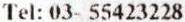
TEL: 03- 55423228